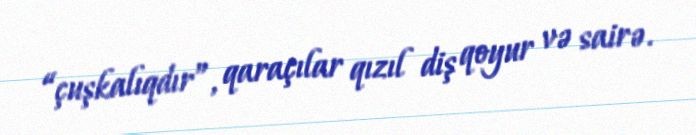
“çuşkalıqdır”, qaraçılar qızıl diş qoyur və sairə.